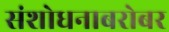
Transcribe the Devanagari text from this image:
संशोधनाबरोबर